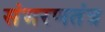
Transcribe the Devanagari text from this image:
संभरणतंत्र